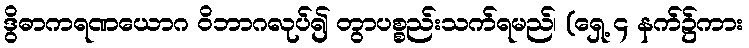
ဒွိဓာကရဏယောဂ ဝိဘာဂလုပ်၍ တွာပစ္စည်းသက်ရမည်၊ (ရှေ့ ၄ နက်၌ကား